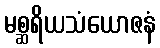
မစ္ဆရိယသံယောဇနံ